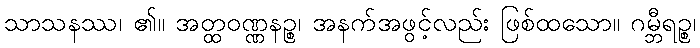
သာသနဿ၊ ၏။ အတ္ထဝဏ္ဏနဉ္စ၊ အနက်အဖွင့်လည်း ဖြစ်ထသော။ ဂမ္ဘီရဉ္စ၊